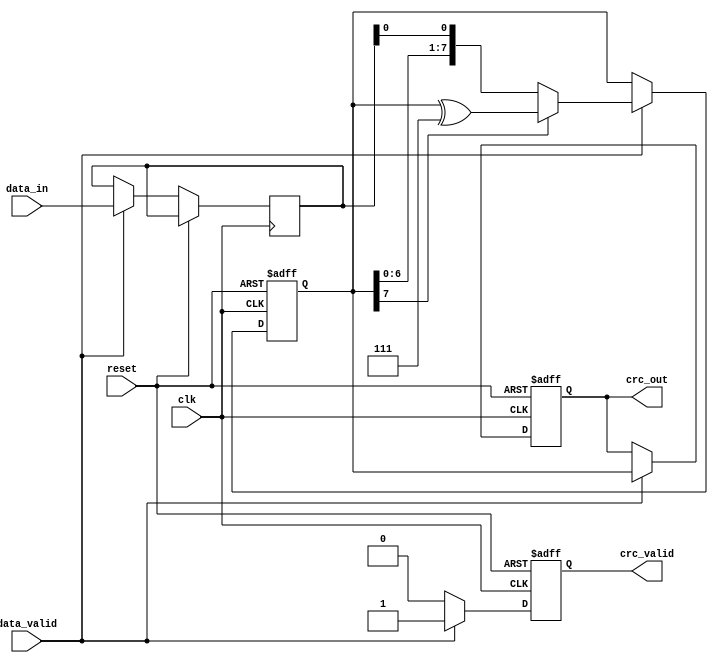
module parameterized_crc #(
    parameter CRC_WIDTH = 8,           // Width of the CRC output
    parameter POLYNOMIAL = 8'h07,      // CRC polynomial (example: x^8 + x^2 + x + 1)
    parameter INIT_CRC = 8'h00,         // Initial CRC value
    parameter INPUT_WIDTH = 8           // Width of the input data
)(
    input wire clk,                     // Clock signal
    input wire reset,                   // Reset signal
    input wire [INPUT_WIDTH-1:0] data_in, // Input data stream
    input wire data_valid,              // Data valid signal
    output reg [CRC_WIDTH-1:0] crc_out, // Computed CRC value
    output reg crc_valid                // CRC valid signal
);

    reg [CRC_WIDTH-1:0] crc_reg;       // Internal CRC register
    reg [INPUT_WIDTH-1:0] data_shift;  // Shift register for input data
    integer i;

    // Polynomial representation for CRC calculation
    wire [CRC_WIDTH-1:0] polynomial = POLYNOMIAL[CRC_WIDTH-1:0];

    // CRC calculation process
    always @(posedge clk or posedge reset) begin
        if (reset) begin
            crc_reg <= INIT_CRC;          // Reset CRC to initial value
            crc_out <= INIT_CRC;          // Reset output CRC
            crc_valid <= 1'b0;            // CRC not valid
        end else if (data_valid) begin
            // Shift in the new data
            data_shift <= data_in;

            // Update CRC for each bit of the input data
            for (i = 0; i < INPUT_WIDTH; i = i + 1) begin
                // Shift CRC left by 1
                crc_reg <= {crc_reg[CRC_WIDTH-2:0], data_shift[INPUT_WIDTH-1-i]};
                
                // If the MSB is set, XOR with the polynomial
                if (crc_reg[CRC_WIDTH-1]) begin
                    crc_reg <= crc_reg ^ polynomial;
                end
            end
            
            crc_out <= crc_reg;              // Update output CRC
            crc_valid <= 1'b1;               // Indicate CRC is valid
        end else begin
            crc_valid <= 1'b0;               // Reset CRC valid if data is not valid
        end
    end

endmodule